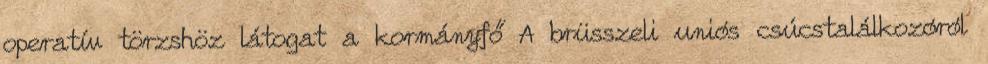
operatív törzshöz látogat a kormányfő A brüsszeli uniós csúcstalálkozóról